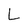
Character: L